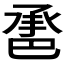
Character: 𢁇